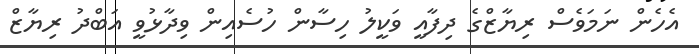
އެހެން ނަމަވެސް ރިޔާޒްގެ ދިފާއީ ވަކީލު ހިސާން ހުސެއިން ވިދާޅުވީ އަބްދު ރިޔާޒް